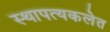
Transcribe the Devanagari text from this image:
स्थापत्यकलेत